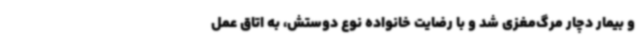
و بیمار دچار مرگ‌مغزی شد و با رضایت خانواده نوع دوستش، به ‌اتاق عمل